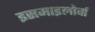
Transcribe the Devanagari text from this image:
इसमाइलोर्वा